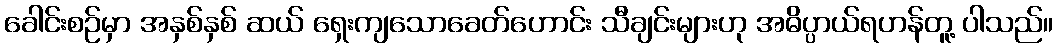
ခေါင်းစဉ်မှာ အနှစ်နှစ် ဆယ် ရှေးကျသောခေတ်ဟောင်း သီချင်းများဟု အဓိပ္ပာယ်ရဟန်တူ့ ပါသည်။